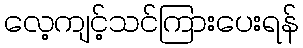
လေ့ကျင့်သင်ကြားပေးရန်